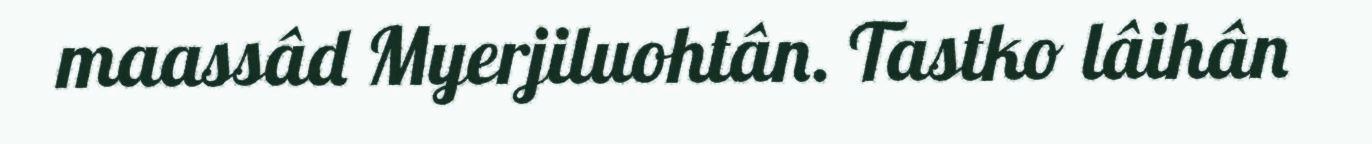
maassâd Myerjiluohtân. Tastko lâihân